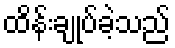
ထိန်းချုပ်ခဲ့သည်